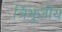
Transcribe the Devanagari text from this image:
त्रिभुजीय